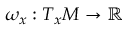
\omega _ { x } : T _ { x } M \to \mathbb { R }